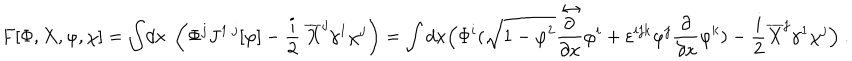
F [ \Phi , X , \varphi , \chi ] = \int \! d x \; \left( \Phi ^ { j } J ^ { 1 ~ j } [ \varphi ] - \frac i 2 ~ \overline { { X } } ^ { j } \gamma ^ { 1 } \chi ^ { j } \right) = \int d x \Bigl ( \Phi ^ { i } ( \sqrt { 1 - { \varphi } ^ { 2 } } \frac { \stackrel { \leftrightarrow } { \partial } } { \partial x } \varphi ^ { i } + \varepsilon ^ { i j k } \varphi ^ { j } \frac \partial { \partial x } \varphi ^ { k } ) - \frac i 2 \overline { { X } } ^ { j } \gamma ^ { 1 } \chi ^ { j } \Bigr ) ~ .